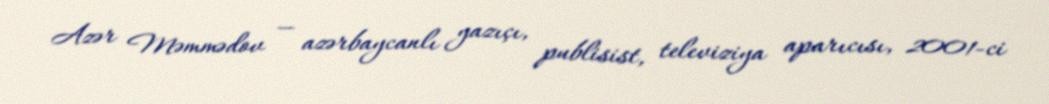
Azər Məmmədov — azərbaycanlı yazıçı, publisist, televiziya aparıcısı, 2001-ci